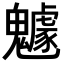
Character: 𩴯